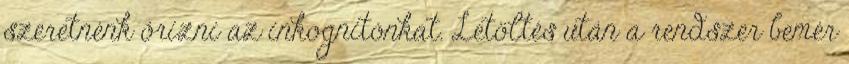
szeretnénk őrizni az inkognitónkat. Letöltés után a rendszer bemér